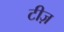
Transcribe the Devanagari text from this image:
टीज़